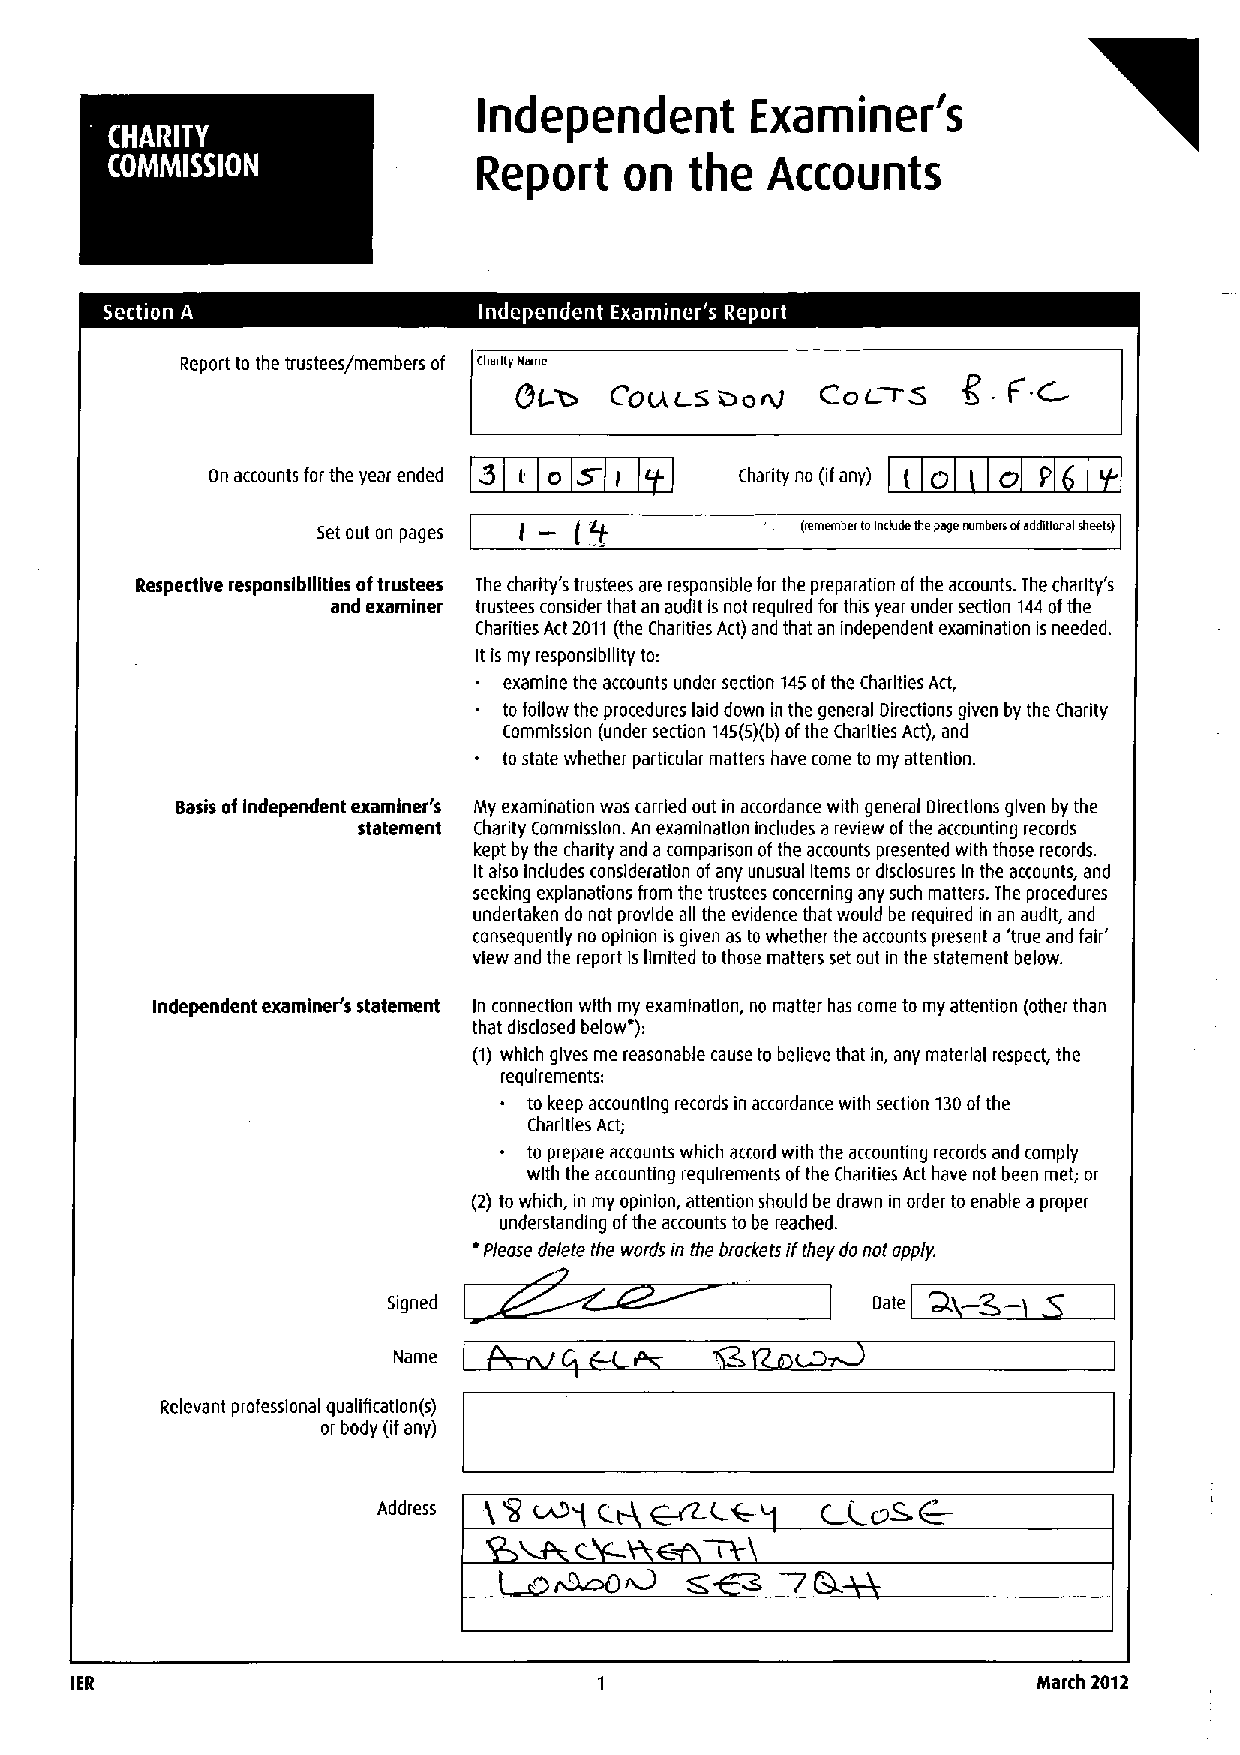
Independent       Examiner's
 Report   on   the  Accounts
 s                                     a s
 Report to the trustees/members of Charity name
 o
 Ql    CouLsacsni    CoL-r5    C - F C
 3                                 ~
 Dn accounts for the year ended i CT Charity no (ifany) ( CI P
 Set out on pages                (remember toInclude thepage numbers oladdnlonal sheerer
 Respective responsibilities oftrustees The charity's trustees are responsible for the preparation ofthe accounts. The charity's
 and examiner trustees consider that an audit is not required for this year under section 144ofthe
 Charities Act 2011(the Charities Act) and that an independent examination is needed.
 It is my responsibility to:
 examine the accounts under section 145ofthe Charities Act,
 to follow the procedures laid down in the general Directions given by the Charity
 Commission (under section 14S(S)(b)ofthe Charities Act), and
 to state whether particular matters have come to my attention.
 Basis ofIndependent examiner's My examination was carried out in accordance with general Directions given by the
 statement Charity Commission. An examination Includes a review ofthe accounting records
 kept by the charity and a comparison ofthe accounts presented with those records.
 Italso Includes consideration ofany unusual Items or disclosures In the accounts, and
 seeking explanations from the trustees concerning any such matters. The procedures
 undertaken do not provide all the evidence that would be required in an audit, and
 consequently no opinion is given as to whether the accounts present a 'true and fair'
 view and the report Islimited to those matters set out in the statement below.
 Independent examiner's statement In connection with my examination, no matter has come to my attention (other than
 that disclosed below*):
 (1)which gives me reasonable cause to believe that in, any material respect, the
 requirements:
 to keep accounting records in accordance with section 130ofthe
 Charities Act;
 to prepare accounts which accord with the accounting records and comply
 with the accounting requirements ofthe Charities Act have not been met; or
 (2) to which, in my opinion, attention should be drawn in order to enable a proper
 ' understanding ofthe accounts to be reached.
 Please delete the wordsin the brocketsif they do not apply.
 Signed                          Date
 Name
 Relevant professional qualificatlon(s)
 or body (ifany)
 Address
 IER                                                             March 2012